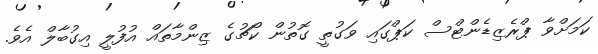
ކަމަށްވާ ޕްރެޒިޑެންޓްސް ކަޕްގައި ވަގުތީ ގޮތުން ކޯޗުގެ ޒިންމާތައް އުފުލީ އިގުބާލް އެވެ.